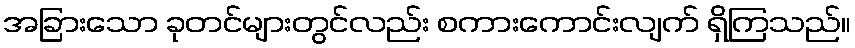
အခြားသော ခုတင်များတွင်လည်း စကားကောင်းလျက် ရှိကြသည်။